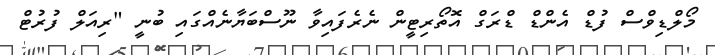
މޯލްޑިވްސް ފުޑް އެންޑް ޑްރަގް އޮތޯރިޓީން ނެރެފައިވާ ނޫސްބަޔާނެއްގައި ބުނީ "ރިއަލް ފުރުޓް